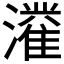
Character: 𱩴